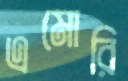
এমোরি